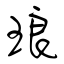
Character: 琅